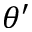
\theta ^ { \prime }